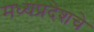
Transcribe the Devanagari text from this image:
मध्यप्रदेशचे